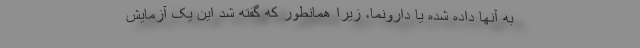
به آنها داده شده یا دارونما، زیرا همانطور که گفته شد این یک آزمایش